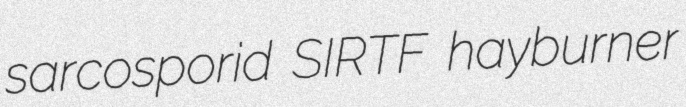
sarcosporid SIRTF hayburner